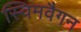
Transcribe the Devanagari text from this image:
स्विमवैगन